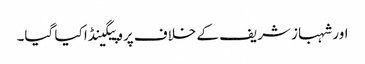
اور شہباز شریف کے خلاف پروپیگینڈا کیا گیا۔